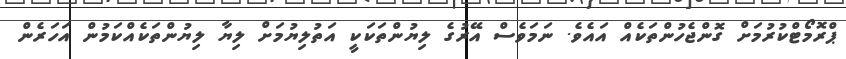
ޕްރޮމޯޓްކުރުމަށް ގޮންޖެހުންތަކެއް އައެވެ. ނަމަވެސް އޭރުގެ ލިޔުންތަކަކީ އަތުލިޔުމަށް ލިޔާ ލިޔުންތަކެއްކަމުން އަހަރެން